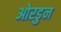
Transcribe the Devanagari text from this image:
ओरडुन